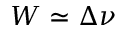
W \simeq \Delta \nu